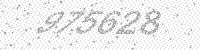
Solution: 975628